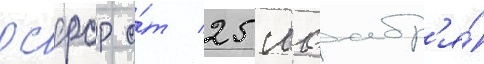
рсфср о́т 25 ноабр'я́